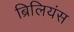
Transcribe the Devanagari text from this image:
ब्रिलियंस